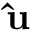
\mathbf { { \hat { u } } _ { \theta } }